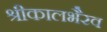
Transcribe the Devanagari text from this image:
श्रीकालभैरव